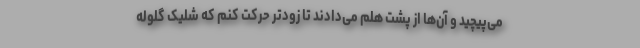
می‌پیچید و آن‌ها از پشت هلم می‌دادند تا زودتر حرکت کنم که شلیک گلوله